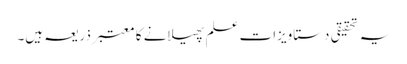
یہ تحقیقی دستاویزات علم پھیلانے کا معتبر ذریعہ ہیں۔